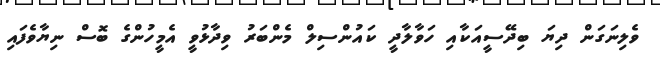
ވެލިނަގަން ދިޔަ ބިދޭސީއަކާއި ހަވާލާދީ ކައުންސިލް މެންބަރު ވިދާޅުވީ އެމީހުންގެ ބޮސް ނިޔާވެފައި